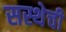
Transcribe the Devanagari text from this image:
सस्थेची